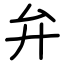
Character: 弁